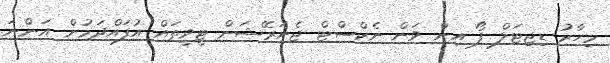
މިހާރު ޑިޖިޓަލް ފޯ އިން ވަން ނެކްސްޓް ޖެނަރޭޝަން ޓީވީތައް އުފައްދަމުން އަންނަ